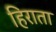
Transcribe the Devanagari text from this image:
हिराता